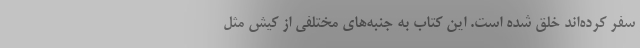
سفر کرده‌اند خلق شده‌ است. این کتاب به جنبه‌های مختلفی از کیش مثل